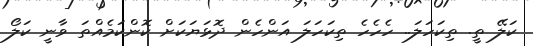
ކަލޭ ތީ. ތިކަހަލަ.. ހެހެހެ ތިކަހަލަ އަންހެން ދޮޅަޔަކަށް ކޮންކަމެއްތަ ވާނީ ކަލޯ